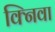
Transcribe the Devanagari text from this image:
क्निवा